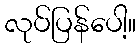
လုပ်ပြန်ပေါ့။